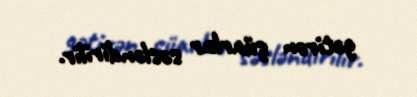
gətirən şüarlar səsləndirilir.